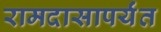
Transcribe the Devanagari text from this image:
रामदासापर्यंत